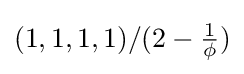
(1,1,1,1)/(2-{\tfrac {1}{\phi }})